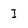
Character: I